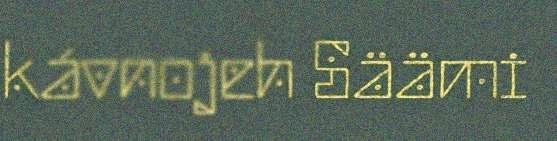
kávnojeh Säämi